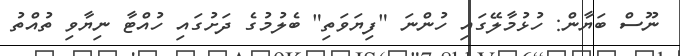
ނޫސް ބަޔާން: ހުޅުމާލޭގައި ހުންނަ "ފިޔަވަތި" ބެލުމުގެ ދަށުގައި ހުއްޓާ ނިޔާވި ތުއްތު